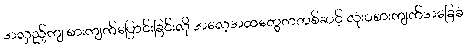
အလှည့်ကျ စားကျက်ပြောင်းခြင်းလို အလေ့အထတွေကတစ်ဆင့် လုံးဝစားကျက်အခြေခံ